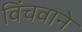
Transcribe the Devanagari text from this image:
विंचवाने